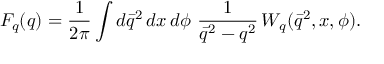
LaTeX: F _ { q } ( q ) = { \frac { 1 } { 2 \pi } } \int d \bar { q } ^ { 2 } \, d x \, d \phi \ { \frac { 1 } { \bar { q } ^ { 2 } - q ^ { 2 } } } \, { W } _ { q } ( \bar { q } ^ { 2 } , x , \phi ) .